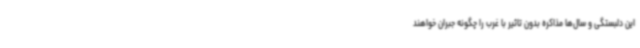
این دلبستگی و سال‌ها مذاکره بدون تاثیر با غرب را چگونه جبران خواهند